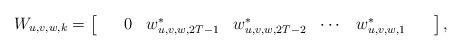
LaTeX: \begin{align*}W_{u,v,w,k} = \begin{bmatrix} & & 0 & w_{u,v,w,2T-1}^* & w_{u,v,w,2T-2}^* &\cdots &w_{u,v,w,1}^* & &\end{bmatrix} , \end{align*}